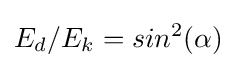
E_{d}/E_{k}={sin^{2}(\alpha )}